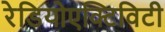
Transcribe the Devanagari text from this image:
रेडियोएक्टिविटी